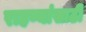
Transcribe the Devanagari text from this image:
राहण्यांसाठी